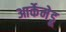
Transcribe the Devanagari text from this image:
आर्केमेडू